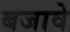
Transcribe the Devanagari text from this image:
बजावे